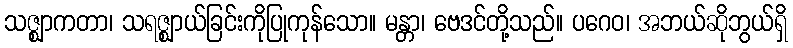
သဇ္ဈာကတာ၊ သရဇ္ဈာယ်ခြင်းကိုပြုကုန်သော။ မန္တာ၊ ဗေဒင်တို့သည်။ ပဂေဝ၊ အဘယ်ဆိုဘွယ်ရှိ